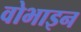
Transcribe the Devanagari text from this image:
वोभाइन